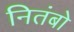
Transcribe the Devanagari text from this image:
नितंबो